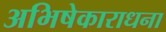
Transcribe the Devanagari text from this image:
अभिषेकाराधना